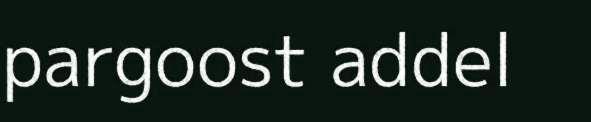
pargoost addel